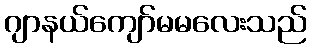
ဂျာနယ်ကျော်မမလေးသည်